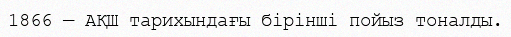
1866 — АҚШ тарихындағы бiрiншi пойыз тоналды.